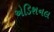
એડિશનલ